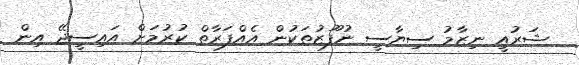
ޝަރުއީ ނިޒާމު ސިޔާސީ ނުފޫޒުތަކުން އެއްފަރާތް ކުރުމަށް އައިސީޖޭ އިން